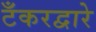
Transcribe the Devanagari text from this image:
टँकरद्वारे